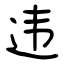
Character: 违